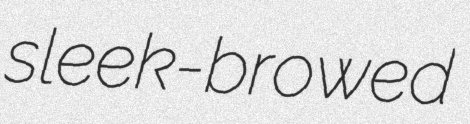
sleek-browed